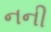
નની